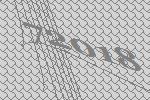
72018